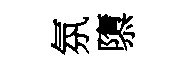
氛隳